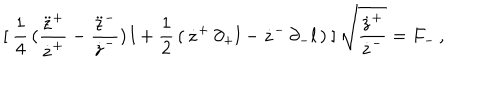
LaTeX: [ \: \frac { 1 } { 4 } \, ( \frac { \ddot { z } ^ { + } } { \dot { z } ^ { + } } - \frac { \ddot { z } ^ { - } } { \dot { z } ^ { - } } ) \, l + \frac { 1 } { 2 } \, ( \, \dot { z } ^ { + } \, \partial _ { + } l - \dot { z } ^ { - } \, \partial _ { - } l \, ) \: ] \, \sqrt { \frac { \dot { z } ^ { + } } { \dot { z } ^ { - } } } = F _ { - } \, ,